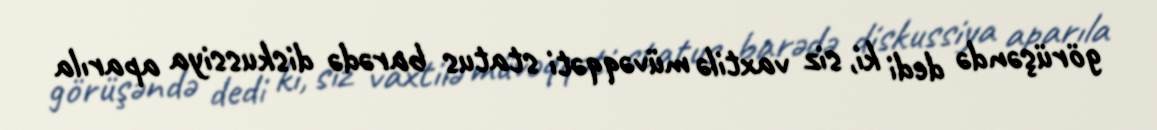
görüşəndə dedi ki, siz vaxtilə müvəqqəti status barədə diskussiya aparıla